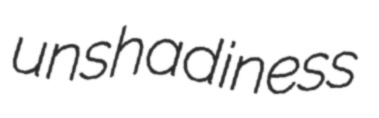
unshadiness